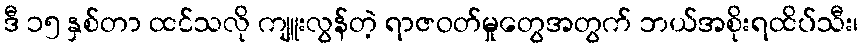
ဒီ ၁၅ နှစ်တာ ထင်သလို ကျူးလွန်တဲ့ ရာဇဝတ်မှုတွေအတွက် ဘယ်အစိုးရထိပ်သီး၊